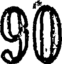
90